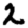
Digit: 2